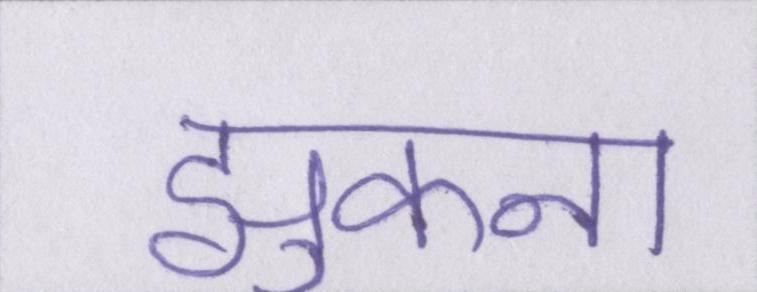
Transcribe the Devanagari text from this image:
झुकना